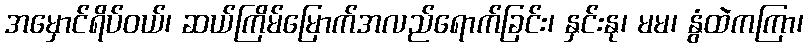
အမှောင်ရိပ်ဝယ်၊ ဆယ်ကြိမ်မြောက်အလည်ရောက်ခြင်း၊ နှင်းနု၊ မမ၊ နွံထဲကကြာ၊